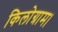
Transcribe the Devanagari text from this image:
किलोग्राम।